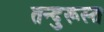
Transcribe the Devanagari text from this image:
तन्दुरूस्त